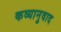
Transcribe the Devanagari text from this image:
कव्यानुवाद